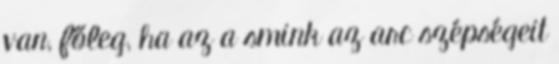
van, főleg, ha az a smink az arc szépségeit